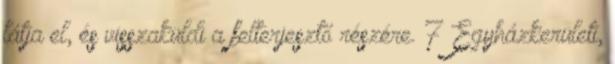
látja el, és visszaküldi a felterjesztő részére. 7 Egyházkerületi,